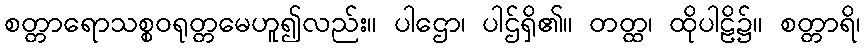
စတ္တာရောသစ္စဝရုတ္တမေဟူ၍လည်း။ ပါဌော၊ ပါဌ်ရှိ၏။ တတ္ထ၊ ထိုပါဠိ၌။ စတ္တာရိ၊